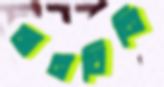
মানচিনি